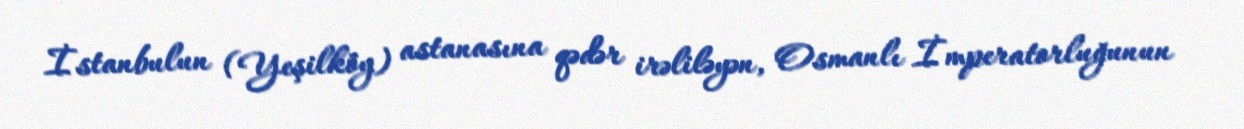
İstanbulun (Yeşilköy) astanasına qədər irəliləyən, Osmanlı İmperatorluğunun